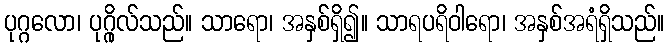
ပုဂ္ဂလော၊ ပုဂ္ဂိုလ်သည်။ သာရော၊ အနှစ်ရှိ၍။ သာရပရိဝါရော၊ အနှစ်အရံရှိသည်။